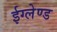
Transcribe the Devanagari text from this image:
ईग्‍लेण्‍ड